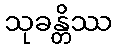
သုခန္တိဿ